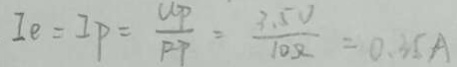
I _ { e } = I P = \frac { U P } { P P } = \frac { 3 . 5 V } { 1 0 \Omega } = 0 . 3 5 A